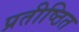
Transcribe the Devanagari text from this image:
प्रतीष्ठित